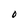
Character: O